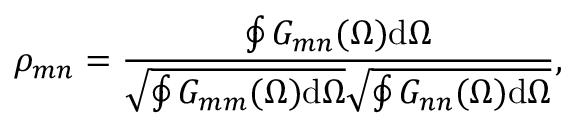
\rho _ { m n } = \frac { \oint G _ { m n } ( \Omega ) \mathrm { d } \Omega } { \sqrt { \oint G _ { m m } ( \Omega ) \mathrm { d } \Omega } \sqrt { \oint G _ { n n } ( \Omega ) \mathrm { d } \Omega } } ,